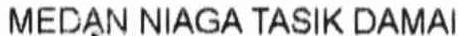
MEDAN NIAGA TASIK DAMAI